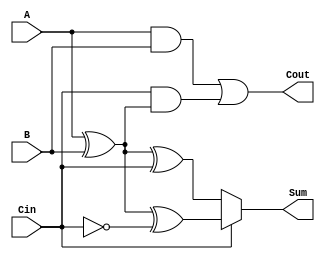
module ConditionalSumFullAdder (
    input wire A,      // First binary input
    input wire B,      // Second binary input
    input wire Cin,    // Carry-in input
    output wire Sum,   // Sum output
    output wire Cout   // Carry-out output
);

    // Intermediate signals for potential sums
    wire S0;          // Sum assuming no carry from previous stage
    wire S1;          // Sum assuming carry from previous stage

    // Calculate S0 and S1
    assign S0 = A ^ B ^ Cin;             // S0 = A  B  Cin
    assign S1 = A ^ B ^ ~Cin;            // S1 = A  B  Cin

    // Calculate carry-out
    assign Cout = (A & B) | (Cin & (A ^ B)); // Cout = (A  B) + (Cin  (A  B))

    // Final sum selection based on Cin
    assign Sum = Cin ? S1 : S0;          // If Cin is 1, select S1; otherwise select S0

endmodule